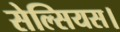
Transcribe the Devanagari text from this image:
सेल्सियस।